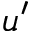
u ^ { \prime }